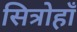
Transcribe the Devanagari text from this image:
सित्रोहाँ